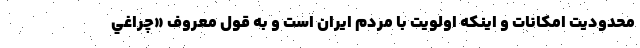
محدوديت امكانات و اينكه اولويت با مردم ايران است و به قول معروف «چراغي